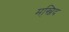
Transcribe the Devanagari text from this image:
मस्जि़द